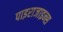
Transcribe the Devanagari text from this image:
पाइराजाइन्स